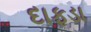
દાફડા